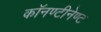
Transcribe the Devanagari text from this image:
काॅनण्टीनेण्ट